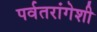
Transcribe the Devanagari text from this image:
पर्वतरांगेशी